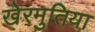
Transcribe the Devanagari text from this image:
खेरमुतिया